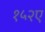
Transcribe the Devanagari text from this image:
१५२ए